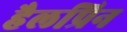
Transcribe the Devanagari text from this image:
हैलप्रिन